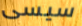
سيسى